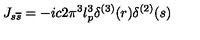
J _ { s \overline { { s } } } = - i c 2 \pi ^ { 3 } l _ { p } ^ { 3 } \delta ^ { ( 3 ) } ( r ) \delta ^ { ( 2 ) } ( s )